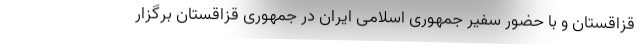
قزاقستان و با حضور سفیر جمهوری اسلامی ایران در جمهوری قزاقستان برگزار